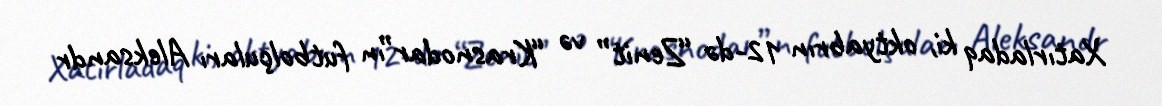
Xatırladaq ki, oktyabrın 12-də “Zenit” və “Krasnodar”ın futbolçuları Aleksandr